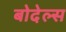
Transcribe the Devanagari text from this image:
बोदेल्स